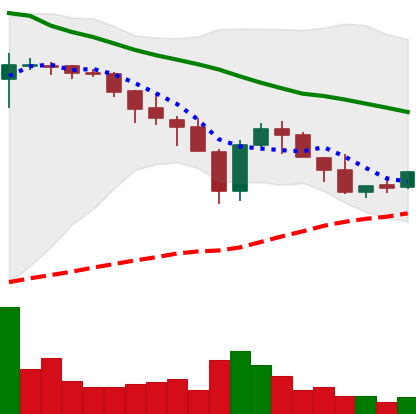
Ticker: XLM-USD
Chart end date: 2018-05-20
Forward return: -13.443%
Label: down_7plus